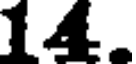
14.